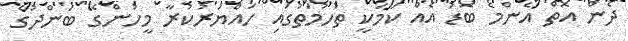
ދެން އޮތް އެންމެ ބޮޑު އެއް ކަމަކީ ތުހުމަތުގައި ހައްޔަރުކުރާ މީހުންގެ ބަންދުގެ